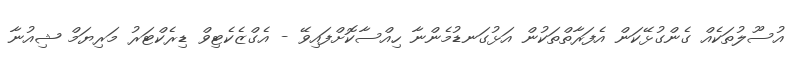
އުސޫލުތަކެއް ގެންގުޅޭކަން އެފަރާތްތަކުން އަޅުގަނޑުމެންނާ ހިއްސާކޮށްފައިވޭ - އެގްޒެކެޓިވް ޑިރެކްޓަރު މަރިޔަމް ޝިއުނާ